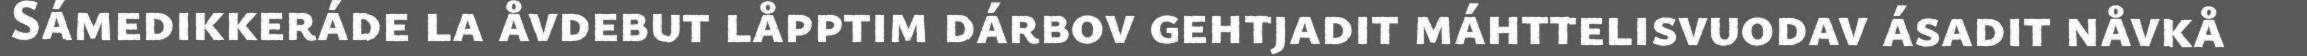
Sámedikkeráde la åvdebut låpptim dárbov gehtjadit máhttelisvuodav ásadit nåvkå